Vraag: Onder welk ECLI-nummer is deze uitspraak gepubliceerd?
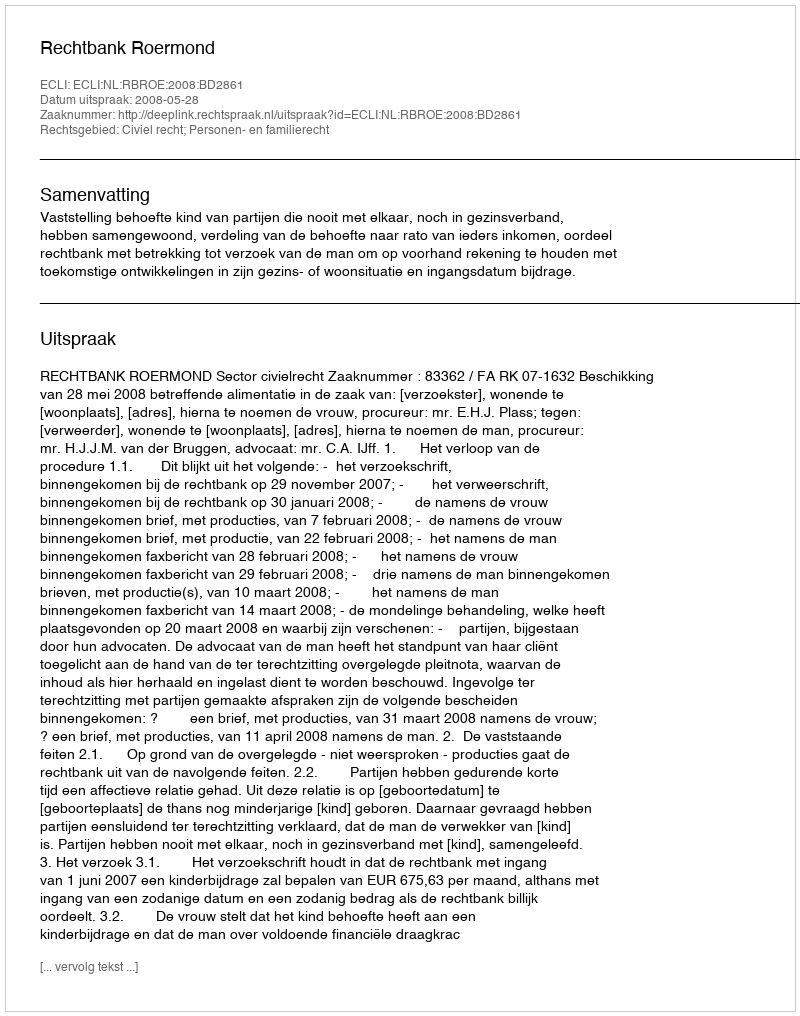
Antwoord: ECLI:NL:RBROE:2008:BD2861